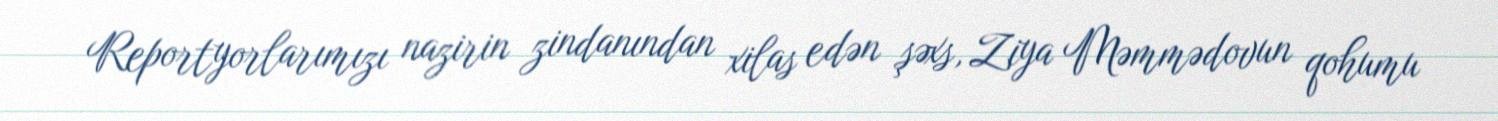
Reportyorlarımızı nazirin zindanından xilas edən şəxs, Ziya Məmmədovun qohumu